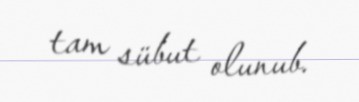
tam sübut olunub.